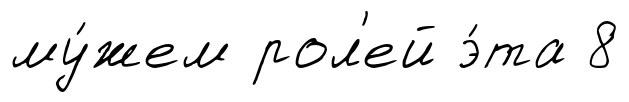
му́жем рол'ей э́та 8